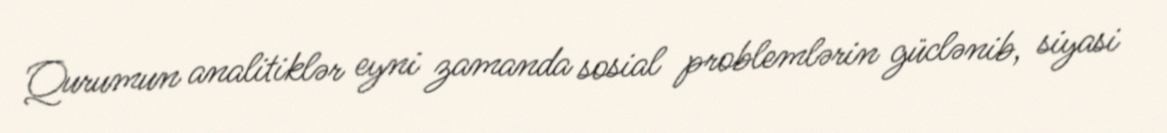
Qurumun analitiklər eyni zamanda sosial problemlərin güclənib, siyasi